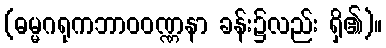
(ဓမ္မဂရုကဘာဝဝဏ္ဏနာ ခန်း၌လည်း ရှိ၏)။